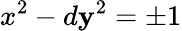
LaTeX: x^{2}-d\mathbf{y}^{2}=\pm1